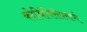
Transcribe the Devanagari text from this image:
कोथिंबिरीप्रमाणे